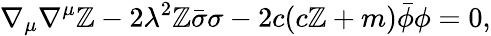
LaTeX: \nabla_{\mu}\nabla^{\mu}\mathbb{Z}-2\lambda^{2}\mathbb{Z}\bar{{\sigma}}\sigma-2c(c\mathbb{Z}+m)\bar{{\phi}}\phi=0,